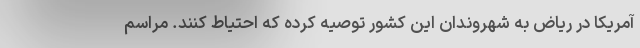
آمریکا در ریاض به شهروندان این کشور توصیه کرده که احتیاط کنند. مراسم